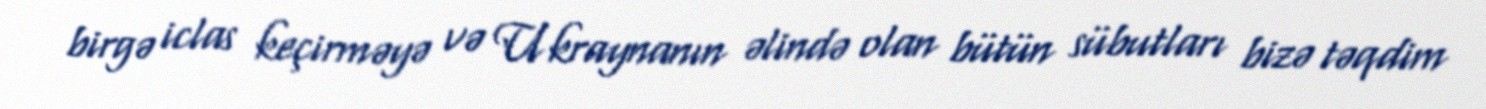
birgə iclas keçirməyə və Ukraynanın əlində olan bütün sübutları bizə təqdim